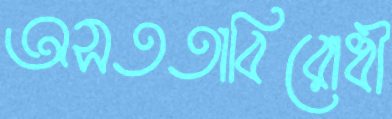
অসততাবিরোধী